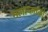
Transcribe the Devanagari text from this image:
मलाय्लाली